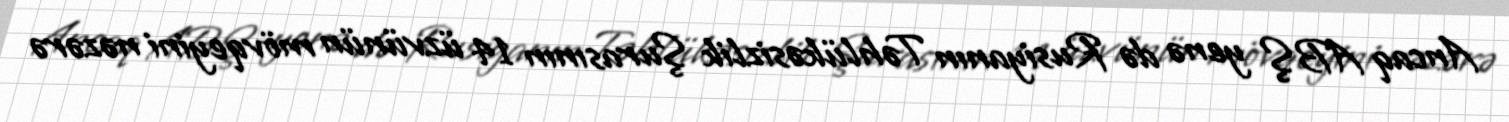
Ancaq ABŞ yenə də Rusiyanın Təhlükəsizlik Şurasının 14 üzvünün mövqeyini nəzərə